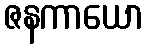
ဇနကာယော